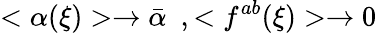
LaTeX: <\alpha(\xi)>\rightarrow\bar{\alpha}~~,<f^{ab}(\xi)>\rightarrow 0